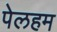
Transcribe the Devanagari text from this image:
पेलहम